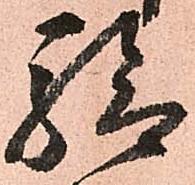
驗